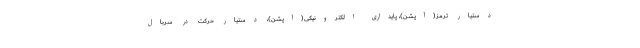
دستیار ترمز(آپشن)، پایداری الکترونیکی(آپشن)، دستیار حرکت در سربال